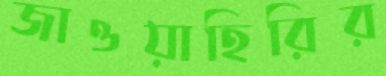
জাওয়াহিরির